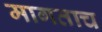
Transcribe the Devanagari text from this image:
मागताच